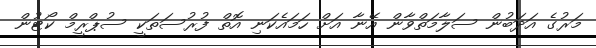
މަރުގެ އަދަބުން ސަލާމަތްވާން އޭނާ އަށް ހަމައެކަނި އޮތް ފުރުސަތަކީ ސުޕްރީމް ކޯޓުން